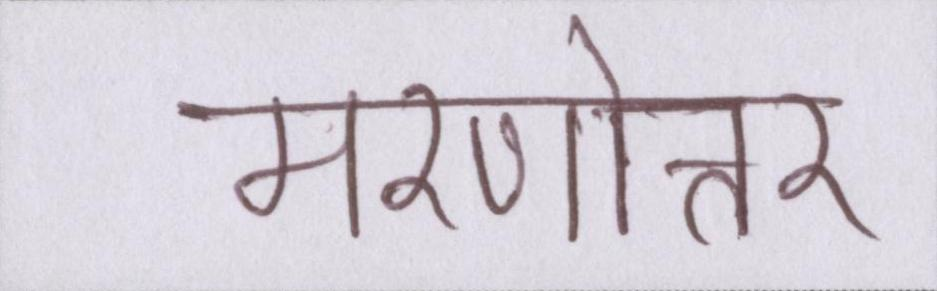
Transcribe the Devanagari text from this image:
मरणोत्तर